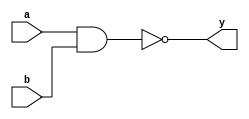
module nand_wired_shortcut (
	input		a,
	input		b,
	output	y
	);
	
	wire	 n0 = a & b;	// declare wire and assign expression to it
	assign y  = ~n0;
	
endmodule